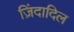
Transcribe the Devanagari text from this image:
ज़िंदादिल